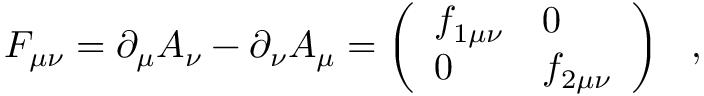
F _ { \mu \nu } = \partial _ { \mu } A _ { \nu } - \partial _ { \nu } A _ { \mu } = \left( \begin{array} { l l } { { f _ { 1 \mu \nu } } } & { { 0 } } \\ { { 0 } } & { { f _ { 2 \mu \nu } } } \end{array} \right) ~ ~ ,